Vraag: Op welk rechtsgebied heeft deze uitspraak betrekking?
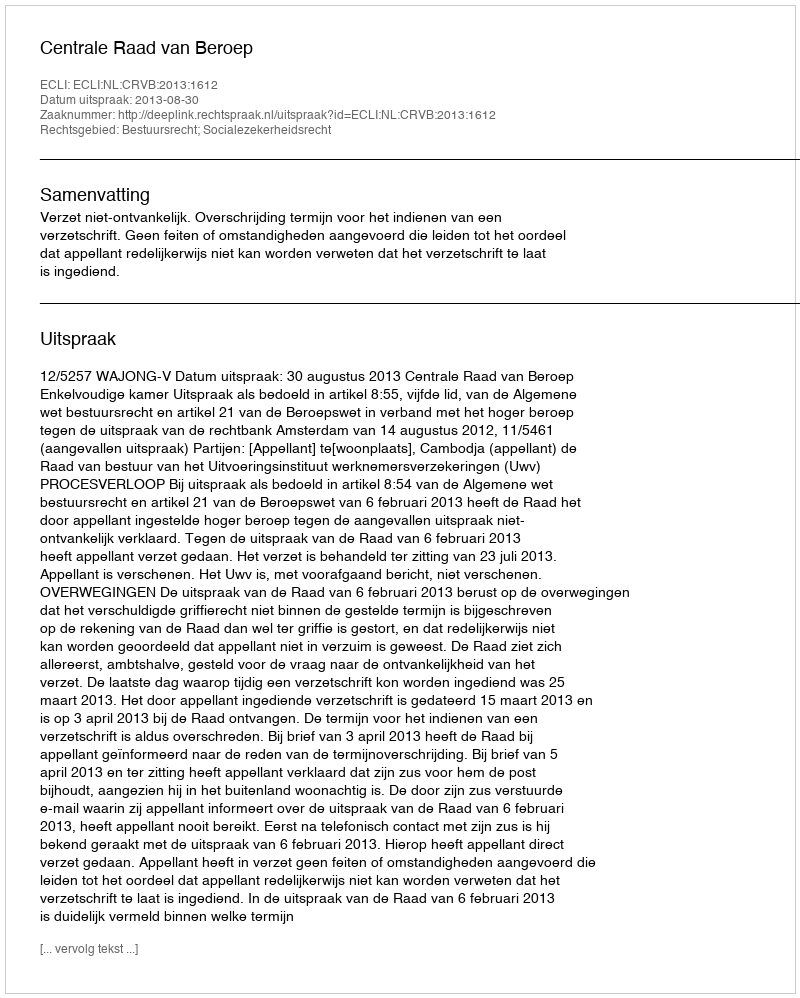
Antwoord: Bestuursrecht; Socialezekerheidsrecht